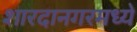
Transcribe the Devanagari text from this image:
शारदानगरमध्ये